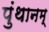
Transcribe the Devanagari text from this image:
पुंथानम्